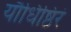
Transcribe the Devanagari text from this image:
यौधिष्ठिरं